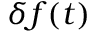
\delta f ( t )